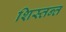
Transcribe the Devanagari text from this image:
शिस्तन्त